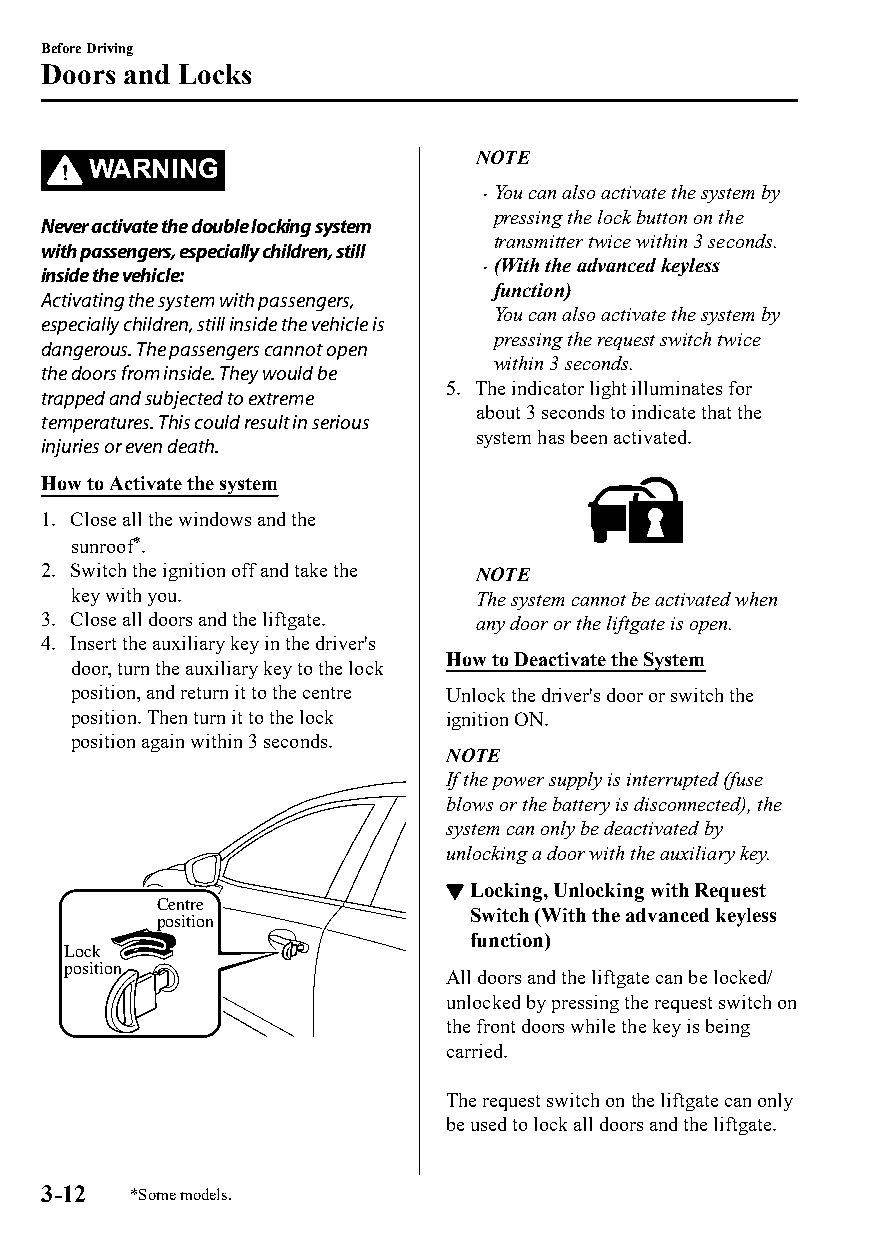
Before Driving
 Doors and Locks
 NOTE
 WARNING
 You can also activate the system by
 
 pressing the lock button on the
 Never activate the double locking system
 transmitter twice within 3 seconds.
 with passengers, especially children, still
 (With the advanced keyless
 inside the vehicle:           
 function)
 Activating the system with passengers,
 You can also activate the system by
 especially children, still inside the vehicle is
 pressing the request switch twice
 dangerous. The passengers cannot open
 within 3 seconds.
 the doors from inside. They would be
 5. The indicator light illuminates for
 trapped and subjected to extreme
 about 3 seconds to indicate that the
 temperatures. This could result in serious
 system has been activated.
 injuries or even death.
 How to Activate the system
 1. Close all the windows and the
 sunroof*.
 2. Switch the ignition off and take the NOTE
 key with you.              The system cannot be activated when
 3. Close all doors and the liftgate. any door or the liftgate is open.
 4. Insert the auxiliary key in the driver's
 How to Deactivate the System
 door, turn the auxiliary key to the lock
 position, and return it to the centre Unlock the driver's door or switch the
 position. Then turn it to the lock ignition ON.
 position again within 3 seconds.
 NOTE
 If the power supply is interrupted (fuse
 blows or the battery is disconnected), the
 system can only be deactivated by
 unlocking a door with the auxiliary key.
 ▼Locking, Unlocking with Request
 Centre
 Switch (With the advanced keyless
 position
 function)
 Lock
 position
 All doors and the liftgate can be locked/
 unlocked by pressing the request switch on
 the front doors while the key is being
 carried.
 The request switch on the liftgate can only
 be used to lock all doors and the liftgate.
 3-12  *Some models.
 CX-3_8GT4-EE-18D_Edition4                  2018-9-6 18:32:19